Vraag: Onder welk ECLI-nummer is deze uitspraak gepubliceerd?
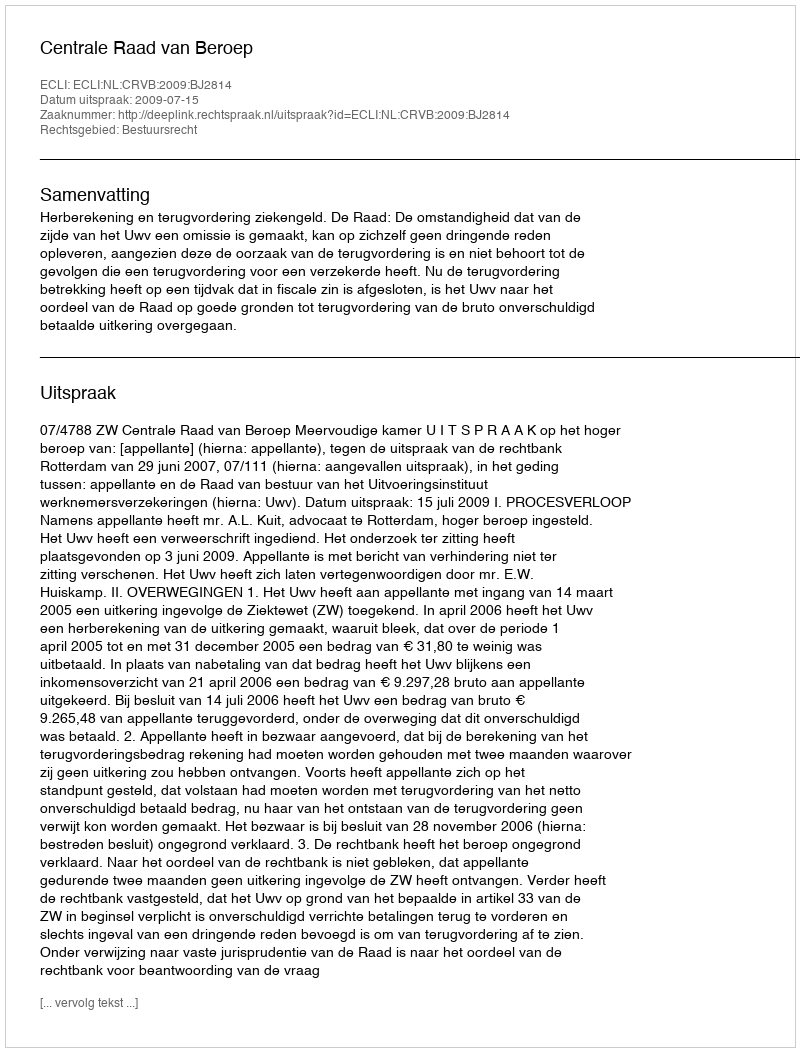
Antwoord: ECLI:NL:CRVB:2009:BJ2814